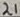
Text: 21